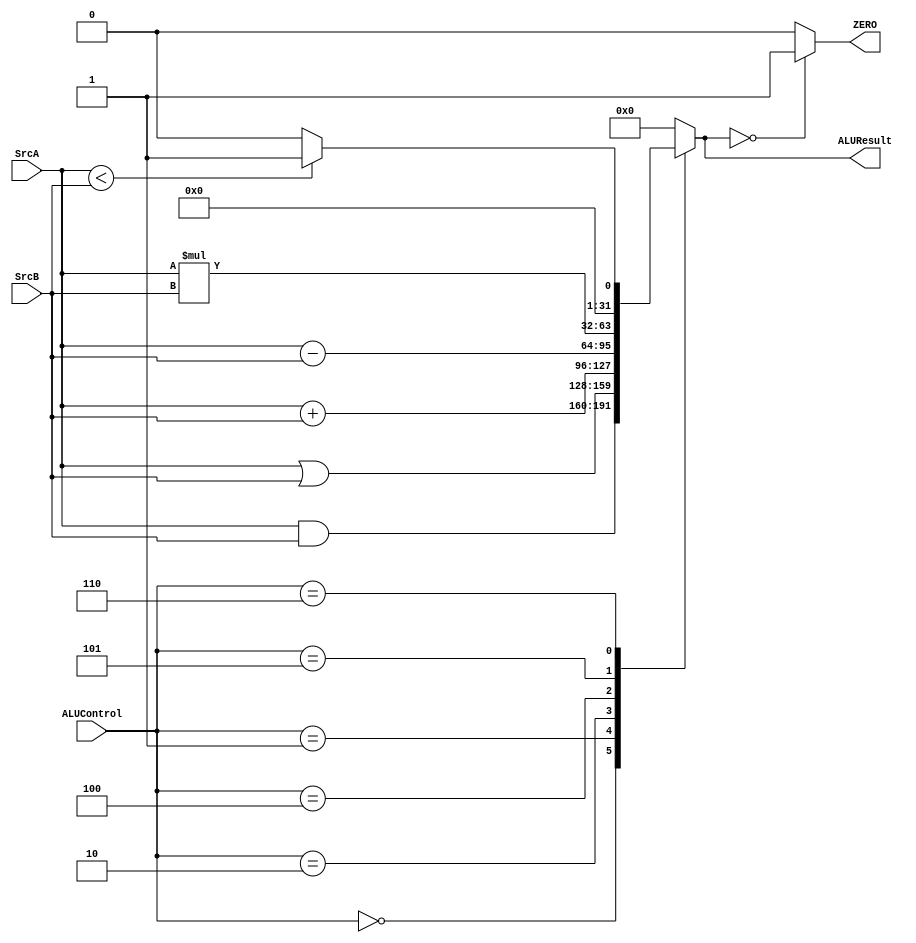
module ALU (

input [31:0] SrcA,          // Source A
input [31:0] SrcB,          // Source B
input [2:0] ALUControl,     // function select
output reg [31:0] ALUResult,    // ALU output result
output reg ZERO                 // signal that gives 1 if the output result is zero
);

always @(*) begin
    case (ALUControl)
    0:  //AND
        ALUResult<=SrcA & SrcB;
    1:  //OR
        ALUResult<=SrcA | SrcB;
    2:  // ADD
        ALUResult<=SrcA + SrcB;
    4:  // SUBTRACT
        ALUResult<=SrcA - SrcB;
    5:  // MULTIPLY
        ALUResult<=SrcA * SrcB;
    6:  // SET LESS THAN (SLT)
        
        ALUResult<=SrcA < SrcB ? 1:0;

    default:
         ALUResult<=32'd0;
    endcase
 end

always @(*) begin
    if(ALUResult==0)
        ZERO=1;
    else
        ZERO=0;
    
end

endmodule